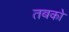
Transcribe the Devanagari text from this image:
तबको